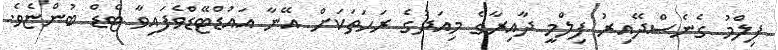
ފިލްމު ގެނެސްދޭއިރު ފިލްމީ ދާއިރާގެ މިއަދުގެ ރަހަތަކަށް އޭނާ އައުޑްޓޭޑްވެފައިވާ ޓެޑް ބުންޏެވެ.